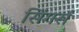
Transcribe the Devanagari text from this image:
सिंगर्स